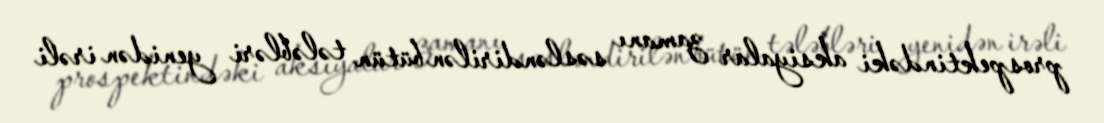
prospektindəki aksiyalar zamanı səsləndirilən bütün tələbləri yenidən irəli